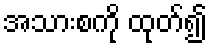
အသားစကို ထုတ်၍